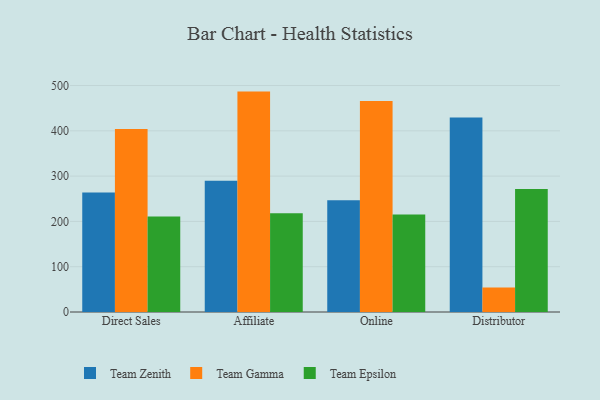
{"axis": {"x": "Channel", "y": "Market Share (%)"}, "legend": ["Team Epsilon", "Team Gamma", "Team Zenith"], "data": [{"x": "Direct Sales", "y": 264.0, "type": "Team Zenith"}, {"x": "Direct Sales", "y": 404.1, "type": "Team Gamma"}, {"x": "Direct Sales", "y": 211.0, "type": "Team Epsilon"}, {"x": "Affiliate", "y": 290.0, "type": "Team Zenith"}, {"x": "Affiliate", "y": 486.6, "type": "Team Gamma"}, {"x": "Affiliate", "y": 218.2, "type": "Team Epsilon"}, {"x": "Online", "y": 246.9, "type": "Team Zenith"}, {"x": "Online", "y": 465.9, "type": "Team Gamma"}, {"x": "Online", "y": 215.5, "type": "Team Epsilon"}, {"x": "Distributor", "y": 429.2, "type": "Team Zenith"}, {"x": "Distributor", "y": 53.9, "type": "Team Gamma"}, {"x": "Distributor", "y": 271.6, "type": "Team Epsilon"}]}